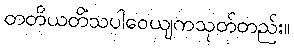
တတိယတိံသပါဝေယျကသုတ်တည်း။